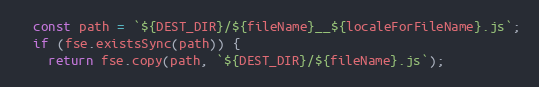
Language: JavaScript
  const path = `${DEST_DIR}/${fileName}__${localeForFileName}.js`;
  if (fse.existsSync(path)) {
    return fse.copy(path, `${DEST_DIR}/${fileName}.js`);